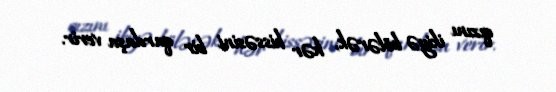
qızını ikiyə bölərək, hər hissəsini bir qardaşa verir.